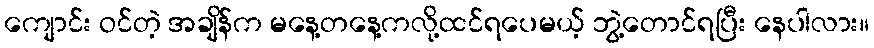
ကျောင်း ဝင်တဲ့ အချိန်က မနေ့တနေ့ကလို့ထင်ရပေမယ့် ဘွဲ့တောင်ရပြီး နေပါလား။